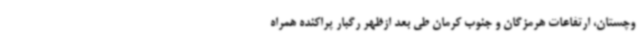
وچستان، ارتفاعات هرمزگان و جنوب کرمان طی بعد ازظهر رگبار پراکنده همراه